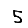
Digit: 5